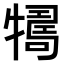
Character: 𤛴